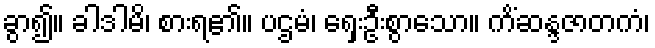
ခွာ၍။ ခါဒါမိ၊ စားရ၏။ ပဌမံ၊ ရှေးဦးစွာသော။ ကိံဆန္ဒဇာတကံ၊